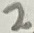
Text: 2